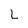
Character: L